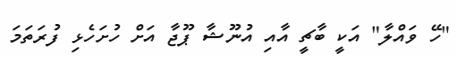
"ހޭ ވައްލާ" އަކީ ބާޗީ އާއި އުނޫޝާ ޕޫޖާ އަށް ހުށަހެޅި ފުރަތަމަ